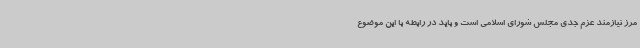
مرز نیازمند عزم جدی مجلس شورای اسلامی است و باید در رابطه با این موضوع